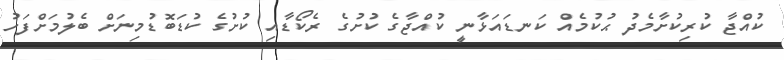
ކުއްޖާ ކުރިކުށާމެދު ޙުކުމެއް ކަނޑައަޅާނީ ކުއްޖާގެ ކުށުގެ ރެކޯޑާއި ކުށުގެ ކުޑަބޮޑުމިނަށް ބެލުމަށްފަހު